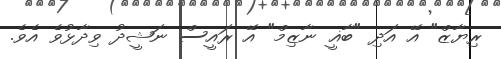
ރިޔާޒް" އޭ އަދި "ބާޣީ ނާޒިމް" އޭ ރައީސް ނަޝީދު ވިދާޅުވެ އެވެ.